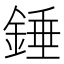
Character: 錘